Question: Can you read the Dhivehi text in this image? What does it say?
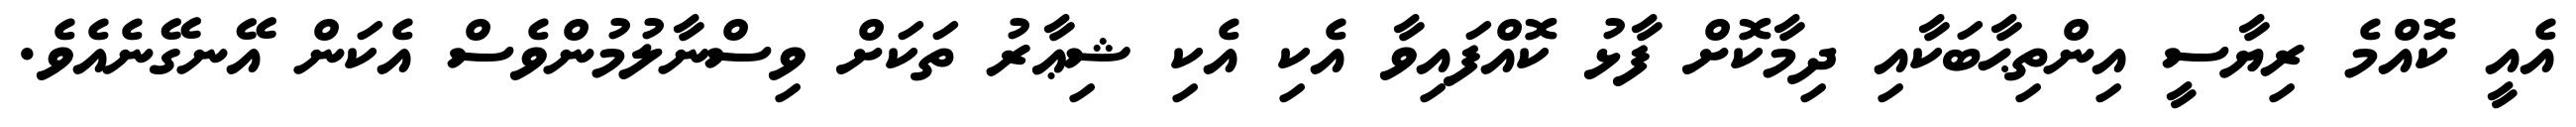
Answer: އެއީ ކޮއްމެ ރިޔާސީ އިންތިޙާބަކާއި ދިމާކޮށް ފާޅު ކޮއްފައިވާ އެކި އެކި ޝިޢާރު ތަކަށް ވިސްނާލުމުންވެސް އެކަން އޭނގޭނެއެވެ.